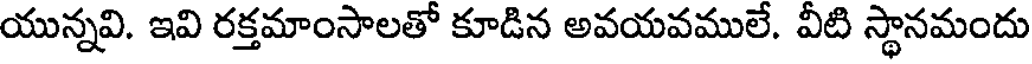
యున్నవి. ఇవి రక్తమాంసాలతో కూడిన అవయవములే. వీటి స్థానమందు